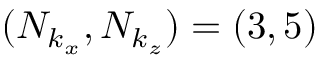
( N _ { k _ { x } } , N _ { k _ { z } } ) = ( 3 , 5 )